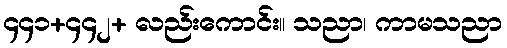
၄၄၁+၄၄၂+ လည်းကောင်း။ သညာ၊ ကာမသညာ